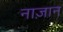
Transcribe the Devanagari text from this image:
नाज़ान